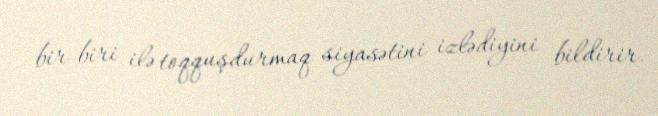
bir-biri ilə toqquşdurmaq siyasətini izlədiyini bildirir.